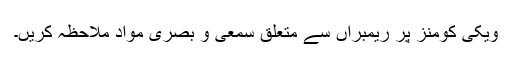
ویکی کومنز پر ریمبراں سے متعلق سمعی و بصری مواد ملاحظہ کریں۔